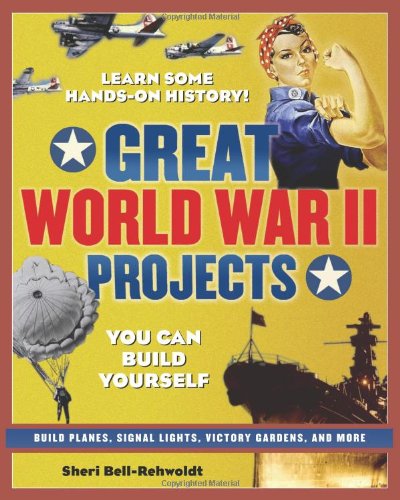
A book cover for GREAT WORLD WAR II PROJECTS: YOU CAN BUILD YOURSELF (Build It Yourself); Sheri Bell-Rehwoldt; Children's Books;